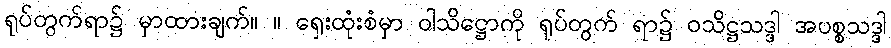
ရုပ်တွက်ရာ၌ မှာထားချက်။ ။ ရှေးထုံးစံမှာ ဝါသိဋ္ဌောကို ရုပ်တွက် ရာ၌ ဝသိဋ္ဌသဒ္ဒါ အပစ္စသဒ္ဒါ